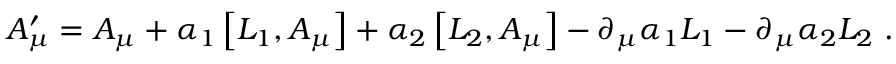
A _ { \mu } ^ { \prime } = A _ { \mu } + \alpha _ { 1 } \left[ L _ { 1 } , A _ { \mu } \right] + \alpha _ { 2 } \left[ L _ { 2 } , A _ { \mu } \right] - \partial _ { \mu } \alpha _ { 1 } L _ { 1 } - \partial _ { \mu } \alpha _ { 2 } L _ { 2 } \ .